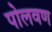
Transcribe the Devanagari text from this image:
पोलवण